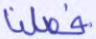
فصلنا